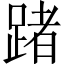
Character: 踷